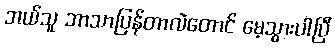
ဘယ်သူ ဘာသာပြန်တာလဲတောင် မေ့သွားပါပြီ